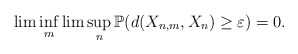
\begin{align*}\lim\inf_{m}\lim\sup_{n}\mathbb{P}(d(X_{n,m},X_{n})\geq\varepsilon)=0.\end{align*}